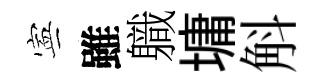
寕雖軄墉斛